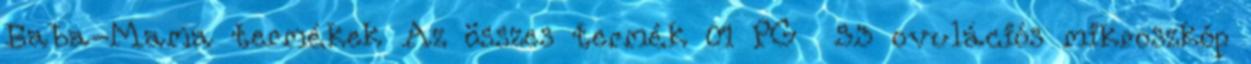
Baba-Mama termékek Az összes termék 01 PG 53 ovulációs mikroszkóp